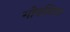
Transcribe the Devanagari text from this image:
गोवलिया